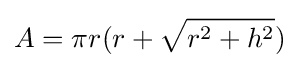
A=\pi r(r+{\sqrt {r^{2}+h^{2}}})